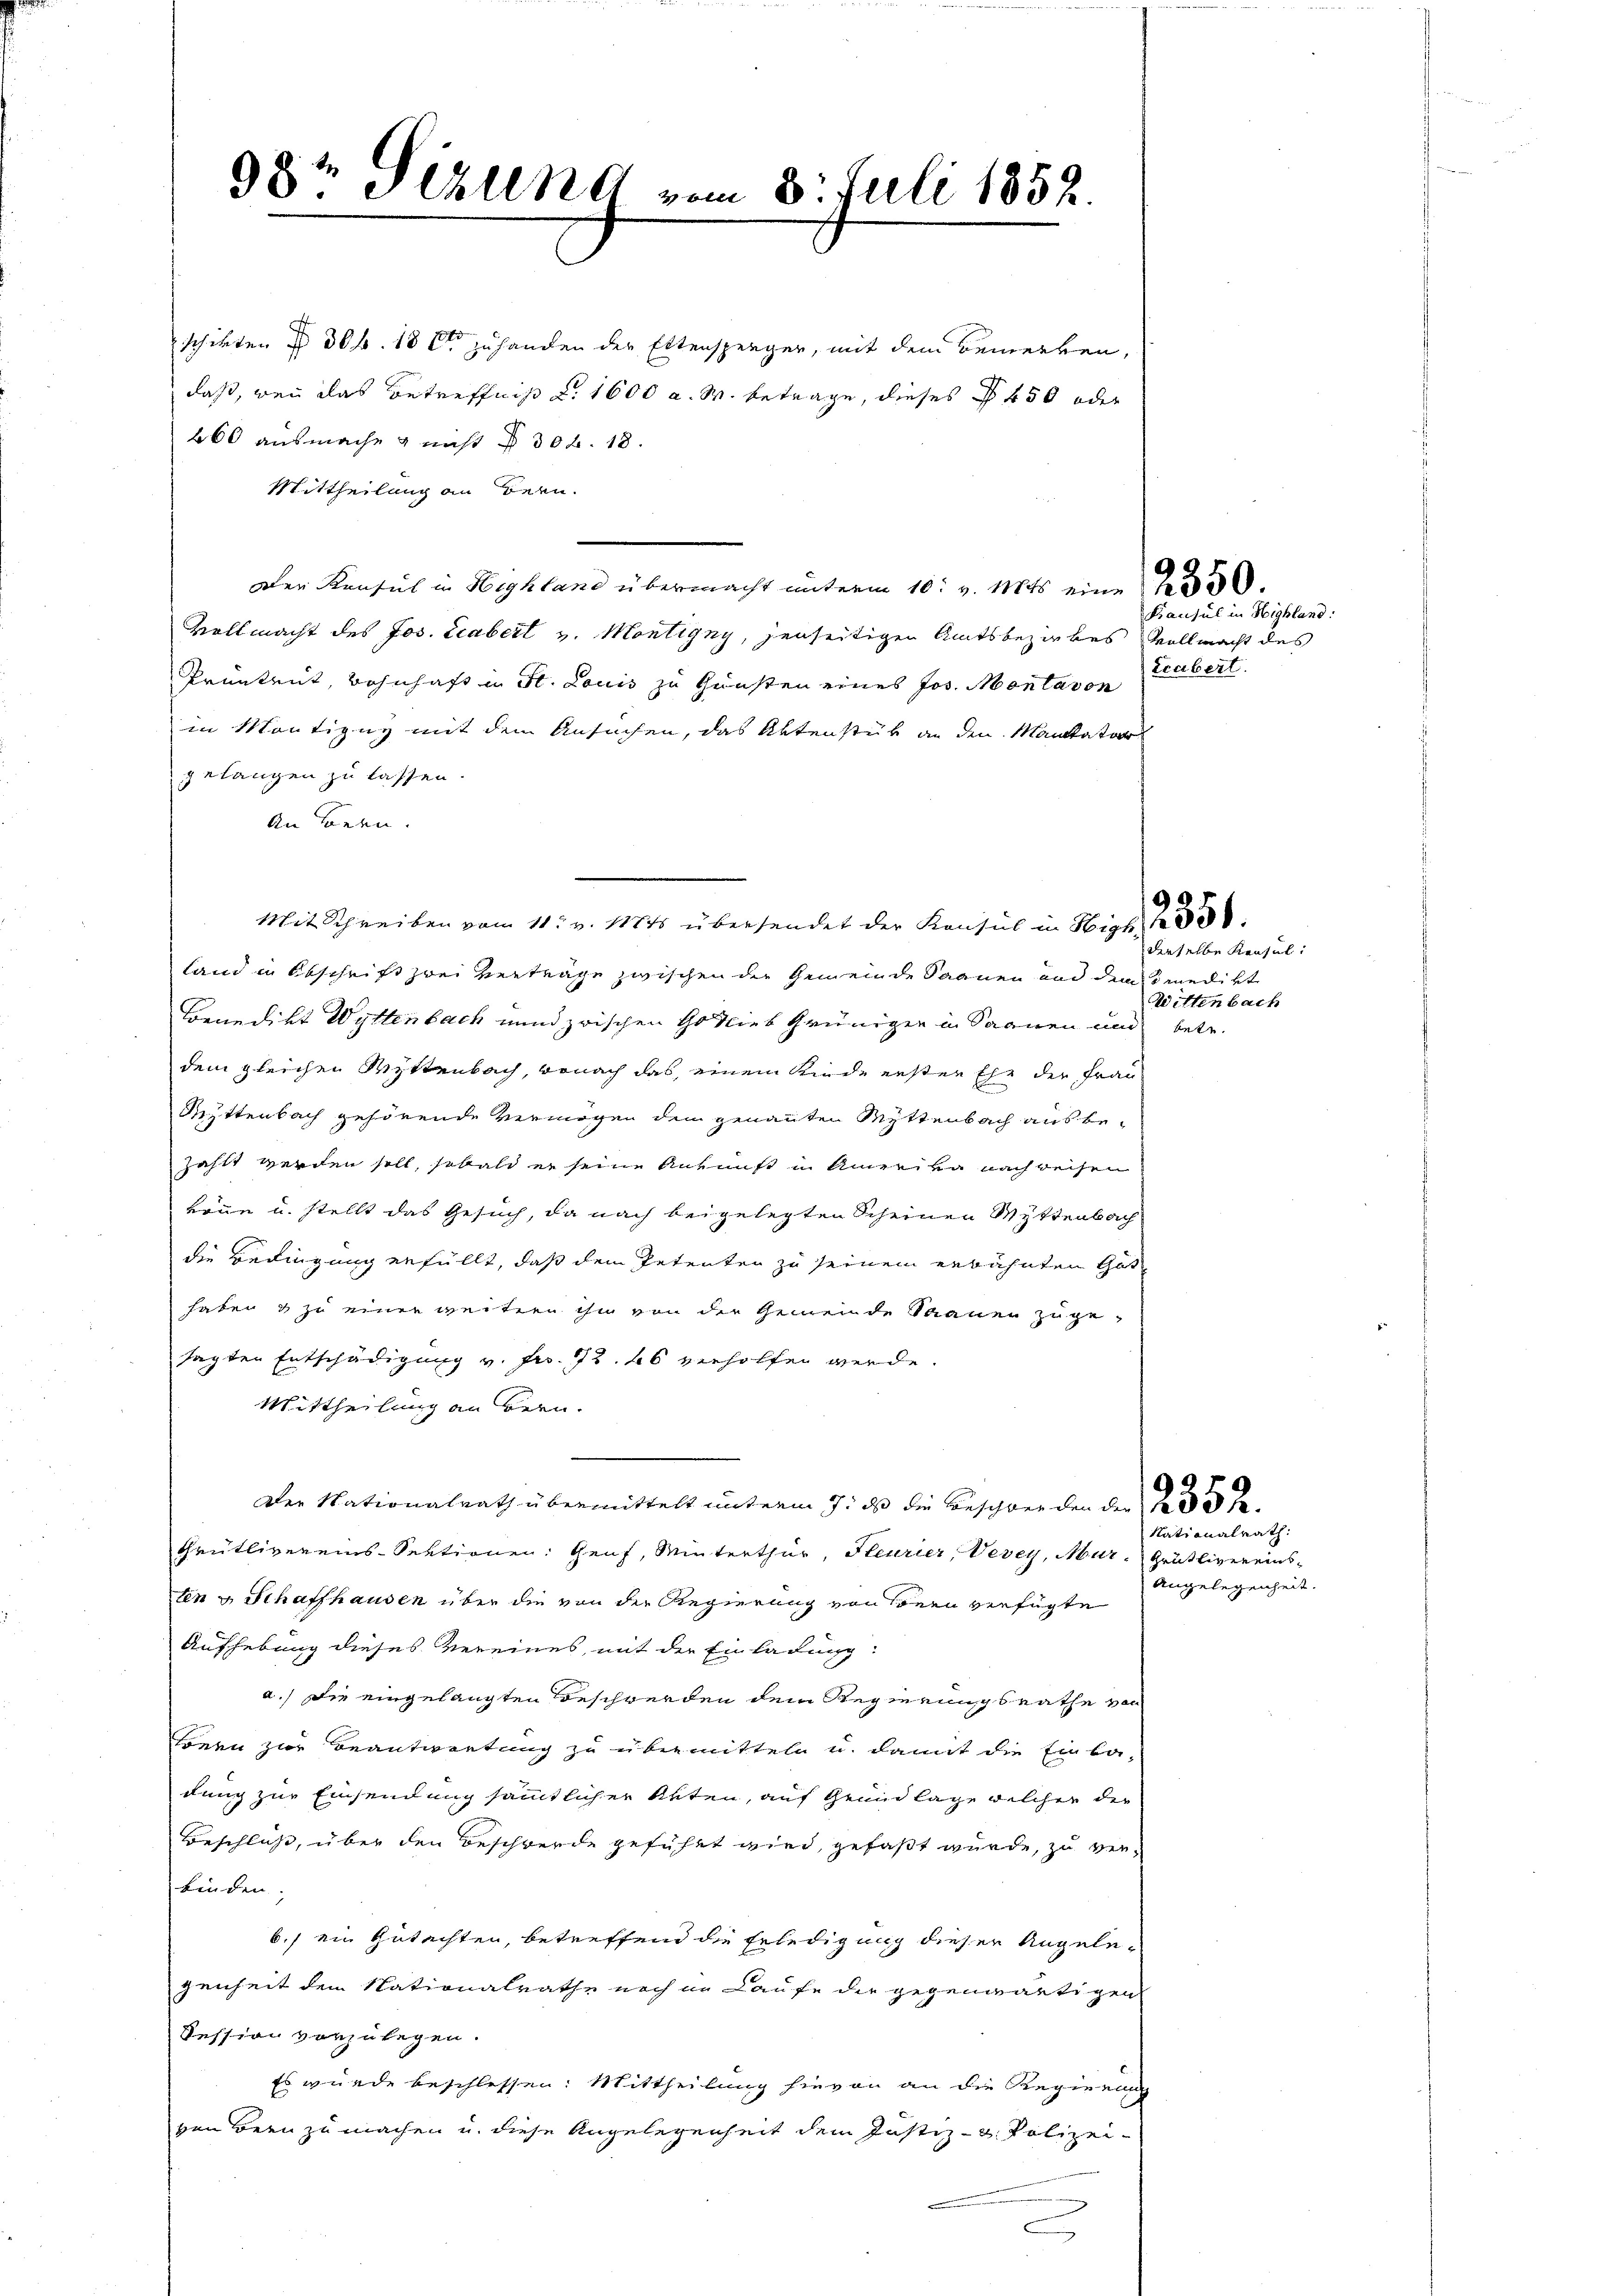
98t Sizung vom 8. Juli 1852.

schikten § 306. 18 t zu handen der Ettensperger, mit dem Bemerken,
daß, wenn das Betreffniß d. 1600 a. W. betrage, dieses § 450 oder
260 ausmache & nicht § 302. 18.
Mittheilung an Bern.
Der Konsul in Highland übermacht unterm 10. v. Mts. eine
Vollmacht des Jos. Ecabert v. Montigny, jenseitigen Amtsbezirkes Vollmacht des
Prüntrut, wohnhaft in St. Louis zu Gunsten eines Jos. Montavon
in Mantigny mit dem Ansuchen, das Aktenstük an den Mantator
gelangen zu lassen.
An Bern.
Mit Schreiben vom 11. v. 1884 übersendet der Konsul in Higt,
land in Abschrift zwei verträge zwischen der Gemeinde Saanen und den medikt
Benedikt Wyltenbach und zwischen Gotties Grünigen in Saanen und betr.
dem gleichen Mittenbach, wonach das, einem Rinde erster Ehe der Frau
Rchttenbach gehörende Vermögen dem genannten Mittenbach aus bezahlt werden soll, sobald er seine Ankunft in Amerika nach reihen
könne u. stellt das Gesuch, da nach beigelegten Scheinen Wettenbach
die Bedingung erfüllt, daß dem Petenten zu seinem erbahnten Ges
haben & zu einer weitern ihm von der Gemeinde Sauer zuge-
sagten Entschädigung v. Fr. 72. 66 verholfen werde.
Mittheilung an Bern.
Der Nationalrath übermittelt unterm 7. ds die Beschwer den der Profe
Grütlivereins-Sektionen: Genf, Winterthur, Heurier, Vevey, Mur. Grütlivereinsten u Schaffhausen über die von der Regierung von Seen verfügte
Aufhebung dieses vereines, mit der Einladung:
a.) die eingelangten Beschwerden dem Regierungsrathe von
tönen zur Beantwortung zu übermitteln u. damit die Einba-
dung zur Einsendung sämmtlicher Akten, auf Grundlage welcher der
Beschluß, über den Beschwerde geführt wird, gefaßt wurde, zu verfinden.
6.) ein Gutachten, betreffend die Erledigung dieser Angelegenheit dem Nationalrathe noch in Laufe die gegenwärtigen
Dession vorzulegen.
Es wurde beschlossen: Mittheilung hievon an die Regierung
ven Bern zu machen u. diese Angelegenheit dem Justiz- u. Polizeic

Kansul in Highland:
Leubert.

derselbe Konsul
Wittenbach

Nationalrath:
Angelegenheit.